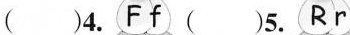
（）4.Ff（）5.Rr